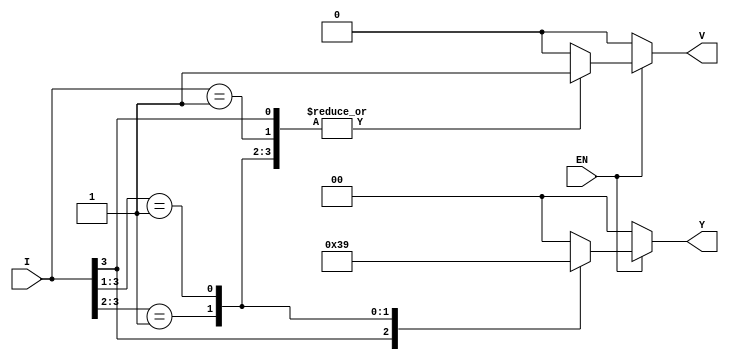
module priority_encoder(
    input wire [3:0] I,     // 4 input lines
    input wire EN,          // Enable signal
    output reg [1:0] Y,     // 2-bit output for the index of the highest-priority input
    output reg V            // Valid output signal
);

    always @(*) begin
        if (EN) begin
            casez (I)        // Using casez to handle case where no inputs are active
                4'b1???: begin
                    Y = 2'b11; // I3 is active
                    V = 1'b1;
                end
                4'b01??: begin
                    Y = 2'b10; // I2 is active
                    V = 1'b1;
                end
                4'b001?: begin
                    Y = 2'b01; // I1 is active
                    V = 1'b1;
                end
                4'b0001: begin
                    Y = 2'b00; // I0 is active
                    V = 1'b1;
                end
                default: begin
                    Y = 2'b00; // No inputs are active
                    V = 1'b0;  // Valid output is low
                end
            endcase
        end else begin
            Y = 2'b00; // If not enabled, output is zero
            V = 1'b0;  // Valid output is low
        end
    end

endmodule